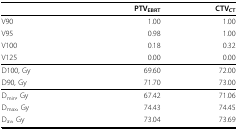
|  | PTVEBRT | CTVCT |
 | --- | --- | --- |
 | V90 | 1.00 | 1.00 |
 | V95 | 0.98 | 1.00 |
 | V100 | 0.18 | 0.32 |
 | V125 | 0.00 | 0.00 |
 | D100, Gy | 69.60 | 72.00 |
 | D90, Gy | 71.70 | 73.00 |
 | Dmin, Gy | 67.42 | 71.06 |
 | Dmax, Gy | 74.43 | 74.45 |
 | Dav, Gy | 73.04 | 73.69 |